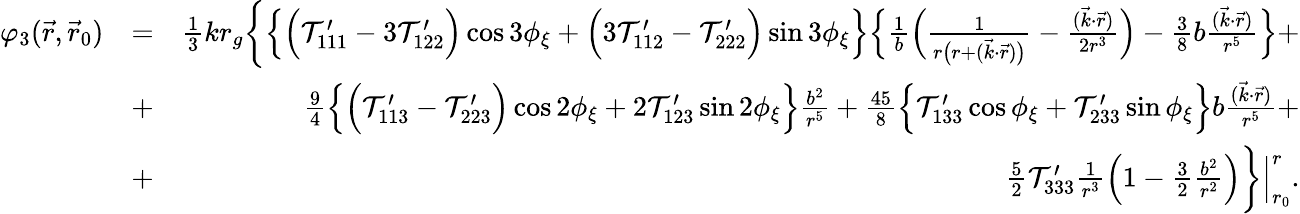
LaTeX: \begin{array}{rlr}{\varphi_{3}(\vec{r},\vec{r}_{0})}&{=}&{{\textstyle\frac{1}{3}}kr_{g}\bigg\{ \Big\{ \Big({\cal T}_{111}^{\prime}-3{\cal T}_{122}^{\prime}\Big)\cos 3\phi_{\xi}+\Big(3{\cal T}_{112}^{\prime}-{\cal T}_{222}^{\prime}\Big)\sin 3\phi_{\xi}\Big\} \Big\{ \frac{1}{b}\Big(\frac{1}{r\big(r+(\vec{k}\cdot\vec{r})\big)}-\frac{(\vec{k}\cdot\vec{r})}{2r^{3}}\Big)-{\textstyle\frac{3}{8}}b\frac{(\vec{k}\cdot\vec{r})}{r^{5}}\Big\} +}\\ &{+}&{{\textstyle\frac{9}{4}}\Big\{ \Big({\cal T}_{113}^{\prime}-{\cal T}_{223}^{\prime}\Big)\cos 2\phi_{\xi}+2{\cal T}_{123}^{\prime}\sin 2\phi_{\xi}\Big\} \frac{b^{2}}{r^{5}}+{\textstyle\frac{45}{8}}\Big\{ {\cal T}_{133}^{\prime}\cos\phi_{\xi}+{\cal T}_{233}^{\prime}\sin\phi_{\xi}\Big\} b\frac{(\vec{k}\cdot\vec{r})}{r^{5}}+}\\ &{+}&{{\textstyle\frac{5}{2}}{\cal T}_{333}^{\prime}\frac{1}{r^{3}}\Big(1-{\textstyle\frac{3}{2}}\frac{b^{2}}{r^{2}}\Big)\bigg\} \Big|_{r_{0}}^{r}.}\end{array}